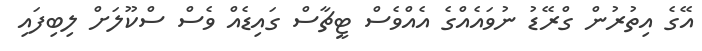
އޭގެ އިތުރުން ގްރޭޑު ނުވައެއްގެ އެއްވެސް ޓީޗާސް ގައިޑެއް ވެސް ސްކޫލަށް ލިބިފައި